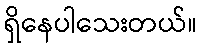
ရှိနေပါသေးတယ်။